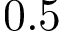
0 . 5